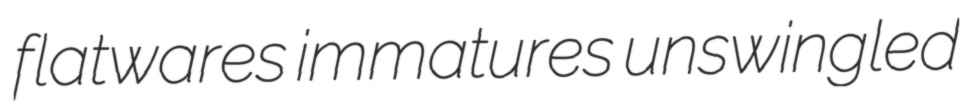
flatwares immatures unswingled